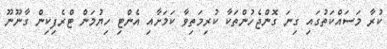
ކުރާ މަސައްކަތުގައި ގިނަ ގޮންޖެހުންތަކާ ކުރިމަތިވާ ކަމަށާއި އެންޓި ހިޔުމަން ޓްރެފިކިން ގާނޫނޫ